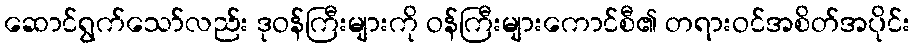
ဆောင်ရွက်သော်လည်း ဒုဝန်ကြီးများကို ဝန်ကြီးများကောင်စီ၏ တရားဝင်အစိတ်အပိုင်း